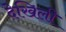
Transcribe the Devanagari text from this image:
देखिली